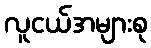
လူငယ်အများစု